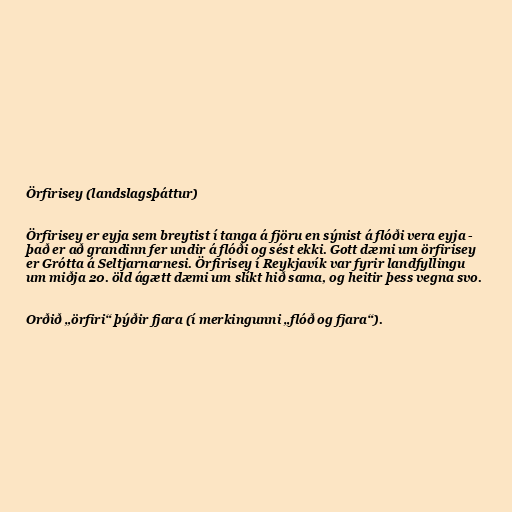
Örfirisey (landslagsþáttur)

Örfirisey er eyja sem breytist í tanga á fjöru en sýnist á flóði vera eyja -
það er að grandinn fer undir á flóði og sést ekki. Gott dæmi um örfirisey
er Grótta á Seltjarnarnesi. Örfirisey í Reykjavík var fyrir landfyllingu
um miðja 20. öld ágætt dæmi um slíkt hið sama, og heitir þess vegna svo.

Orðið „örfiri“ þýðir fjara (í merkingunni „flóð og fjara“).